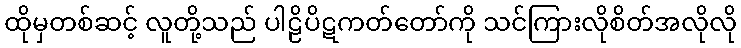
ထိုမှတစ်ဆင့် လူတို့သည် ပါဠိပိဋကတ်တော်ကို သင်ကြားလိုစိတ်အလိုလို